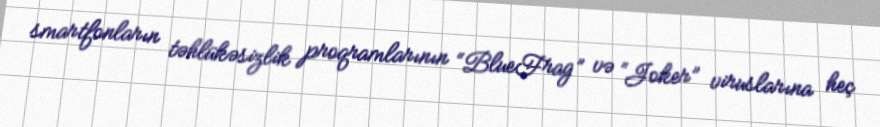
smartfonların təhlükəsizlik proqramlarının “BlueFrag” və “Joker” viruslarına heç